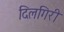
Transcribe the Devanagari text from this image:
दिलगिरी